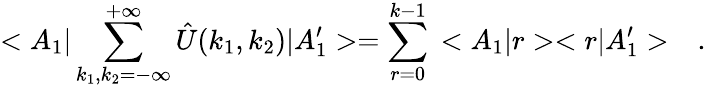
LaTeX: <A_{1}|\sum_{k_{1},k_{2}=-\infty}^{+\infty}\hat{U}(k_{1},k_{2})|A_{1}^{\prime}>=\sum_{r=0}^{k-1}\, <A_{1}|r><r|A_{1}^{\prime}>\ \ \ .